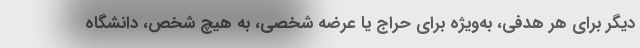
دیگر برای هر هدفی، به‌ویژه برای حراج یا عرضه شخصی، به هیچ شخص، دانشگاه